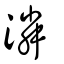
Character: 潾